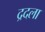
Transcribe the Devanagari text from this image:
द्रदला